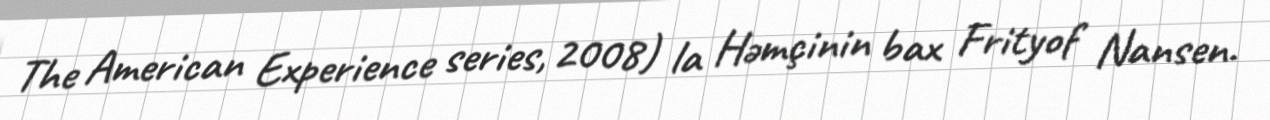
The American Experience series, 2008) la Həmçinin bax Frityof Nansen.